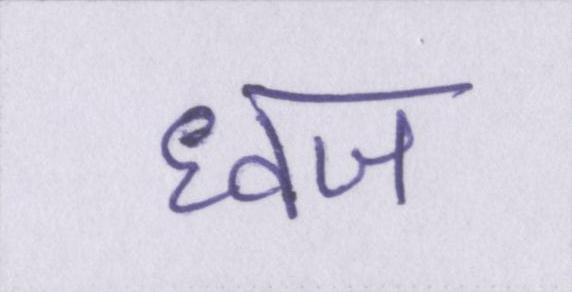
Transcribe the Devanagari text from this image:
ध्वज